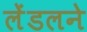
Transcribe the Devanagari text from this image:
लेंडलने